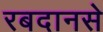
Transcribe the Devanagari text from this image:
रबदानसे